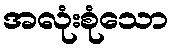
အလုံးစုံသော